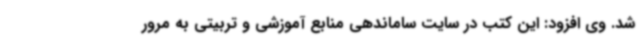
شد. وی افزود: این کتب در سایت ساماندهی منابع آموزشی و تربیتی به مرور